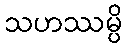
သဟဿမ္ပိ